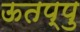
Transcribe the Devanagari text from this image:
ऊतप्पु